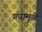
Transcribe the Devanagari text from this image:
गंधामुळे